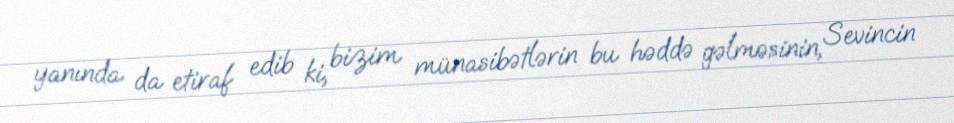
yanında da etiraf edib ki, bizim münasibətlərin bu həddə gəlməsinin, Sevincin